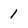
Character: 1